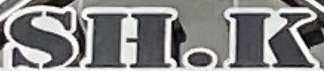
SH.K